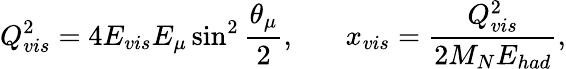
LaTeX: Q_{vis}^{2}=4E_{vis}E_{\mu}\sin^{2}{\frac{\theta_{\mu}}{2}},~~~~~~~x_{vis}={\frac{Q_{vis}^{2}}{2M_{N}E_{had}}},